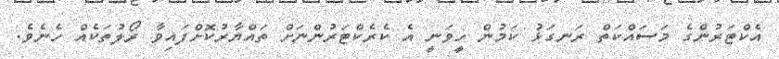
އެކްޓަރުންގެ މަސައްކަތް ރަނގަޅު ކަމުން ހީވަނީ އެ ކެރެކްޓަރުންނަށް ތައްޔާރުކޮށްފައިވާ ރޯލުތަކެއް ހެނެވެ.